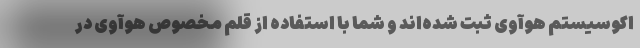
اکوسیستم هوآوی ثبت شده‌اند و شما با استفاده از قلم مخصوص هوآوی در